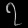
Digit: ၇